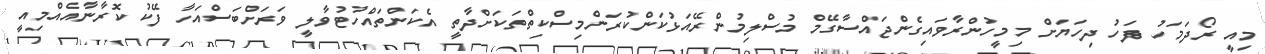
މިއީ ރޯދަމަހު ފަހު ދިހަޔަށް މިމީހުންރާވައިގެންޖައްސާގޭމް މުސްލިމުންރޭއަޅުކަންކުރަންމިސްކިތްތަކަށްދާތީ އެކަންތައްހުޓުވާލީ ވަރަށްބަސްއަހާ ފޭކު ކޮރާނާއެއްމިއީ